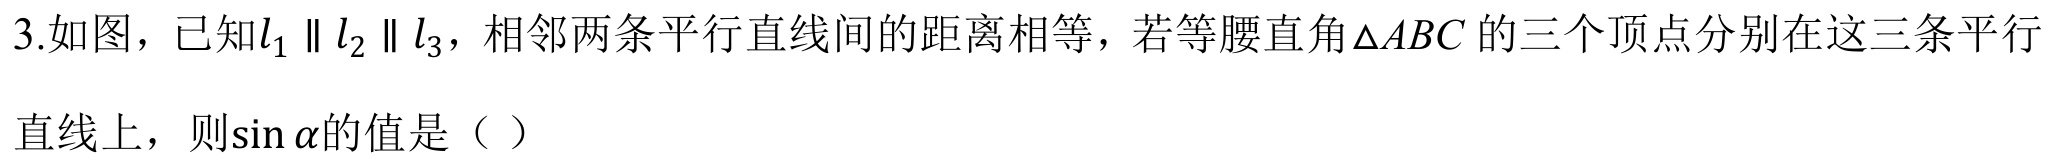
3.如图，已知\(l_{1}\parallel l_{2}\parallel l_{3}\)，相邻两条平行直线间的距离相等，若等腰直角\(\triangle ABC\) 的三个顶点分别在这三条平行直线上，则\(\sin\alpha\)的值是（ ）